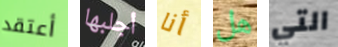
أعتقد أجلبها أنا هل التي